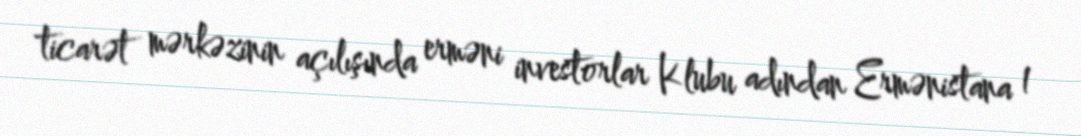
ticarət mərkəzinin açılışında erməni investorlar Klubu adından Ermənistana 1